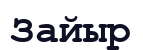
Зайыр